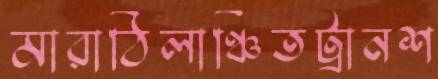
মারাঠিলাঞ্চিতট্রানশ